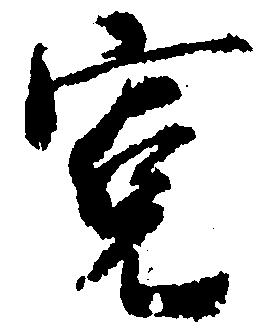
寛